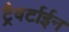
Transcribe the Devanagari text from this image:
ट्रैवर्टाईन